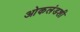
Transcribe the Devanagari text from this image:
ओकलंडशी